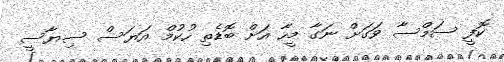
ކޮފީ ސަމްސާ ވަގަށް ނަގާ މީހާ އަށް ބޮޑެތި ހުކުމް އަޔަސް ސިޔާސީ